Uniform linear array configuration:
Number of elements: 32
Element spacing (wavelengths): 0.75
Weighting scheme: binomial
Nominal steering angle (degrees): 0
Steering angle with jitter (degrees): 1.585
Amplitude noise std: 0.05
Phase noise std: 0.05

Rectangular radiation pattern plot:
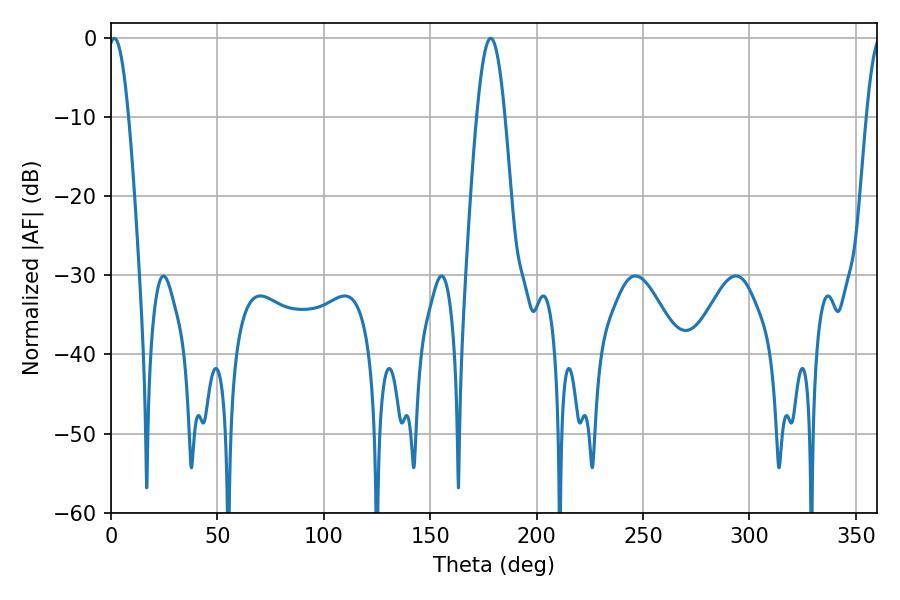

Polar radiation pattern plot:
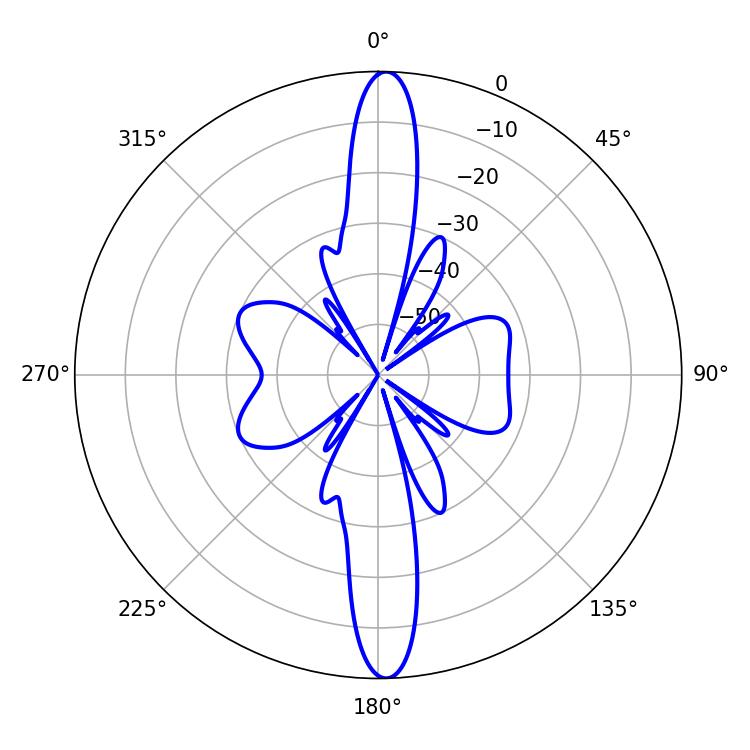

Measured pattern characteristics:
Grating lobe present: TRUE
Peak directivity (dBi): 24.456
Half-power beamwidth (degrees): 5.22
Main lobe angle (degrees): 1.62